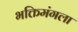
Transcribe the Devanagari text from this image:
भक्तिमंगला